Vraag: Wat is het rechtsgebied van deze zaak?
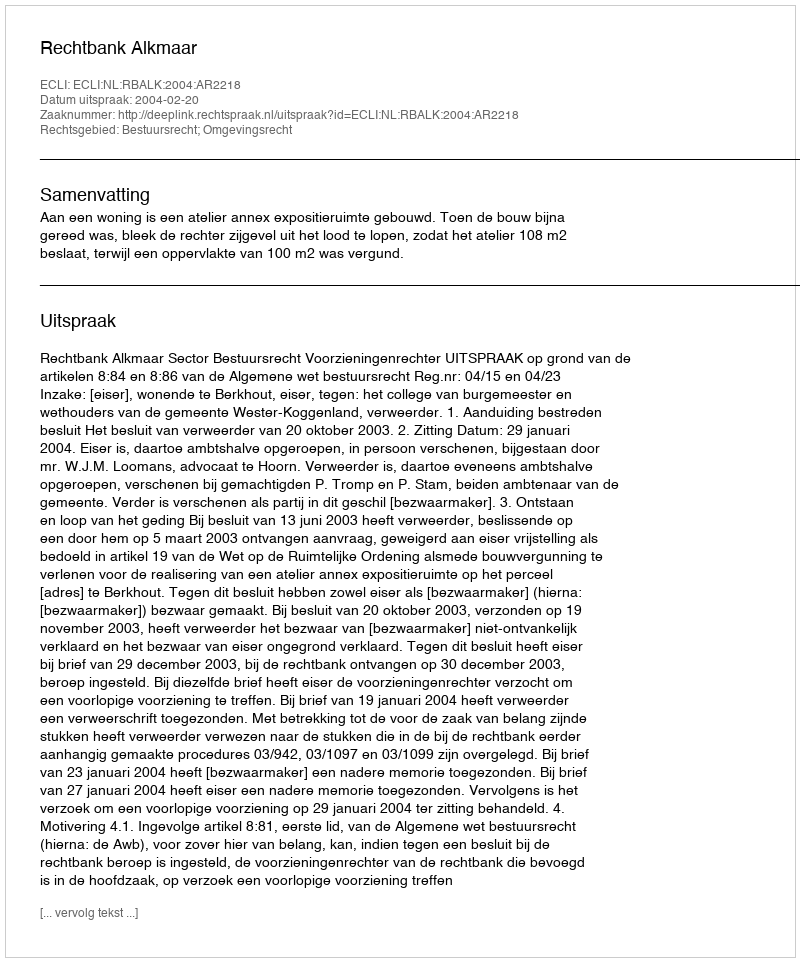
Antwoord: Bestuursrecht; Omgevingsrecht